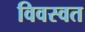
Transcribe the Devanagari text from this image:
विवस्वत